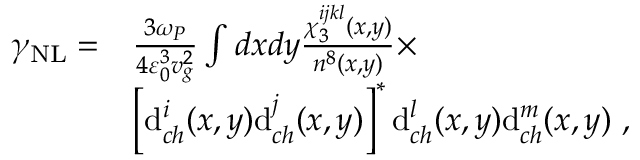
\begin{array} { r l } { \gamma _ { \mathrm { N L } } = } & { \frac { 3 \omega _ { P } } { 4 \varepsilon _ { 0 } ^ { 3 } v _ { g } ^ { 2 } } \int d x d y \frac { \chi _ { 3 } ^ { i j k l } ( x , y ) } { n ^ { 8 } ( x , y ) } \times } \\ & { \left[ \mathrm { d } _ { c h } ^ { i } ( x , y ) \mathrm { d } _ { c h } ^ { j } ( x , y ) \right] ^ { * } \mathrm { d } _ { c h } ^ { l } ( x , y ) \mathrm { d } _ { c h } ^ { m } ( x , y ) \ , } \end{array}